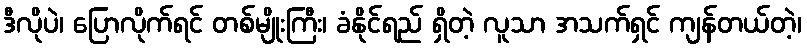
ဒီလိုပဲ၊ ပြောလိုက်ရင် တစ်မျိုးကြီး၊ ခံနိုင်ရည် ရှိတဲ့ လူသာ အသက်ရှင် ကျန်တယ်တဲ့၊